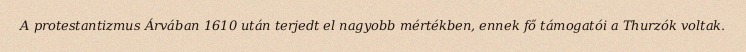
A protestantizmus Árvában 1610 után terjedt el nagyobb mértékben, ennek fő támogatói a Thurzók voltak.